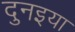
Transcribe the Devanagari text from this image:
दुनइया